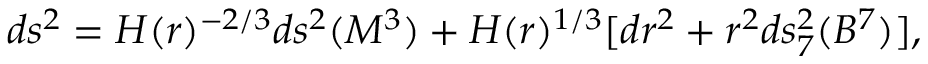
d s ^ { 2 } = H ( r ) ^ { - 2 / 3 } d s ^ { 2 } ( M ^ { 3 } ) + H ( r ) ^ { 1 / 3 } [ d r ^ { 2 } + r ^ { 2 } d s _ { 7 } ^ { 2 } ( B ^ { 7 } ) ] ,